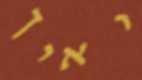
ואיך